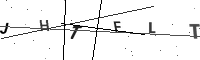
Text: JHTFLT